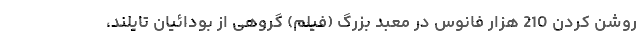
روشن کردن 210 هزار فانوس در معبد بزرگ (فیلم) گروهی از بودائیان تایلند،